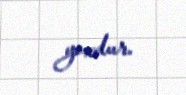
yoxdur.